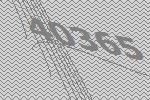
40365